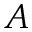
A